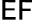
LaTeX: \mathsf{EF}